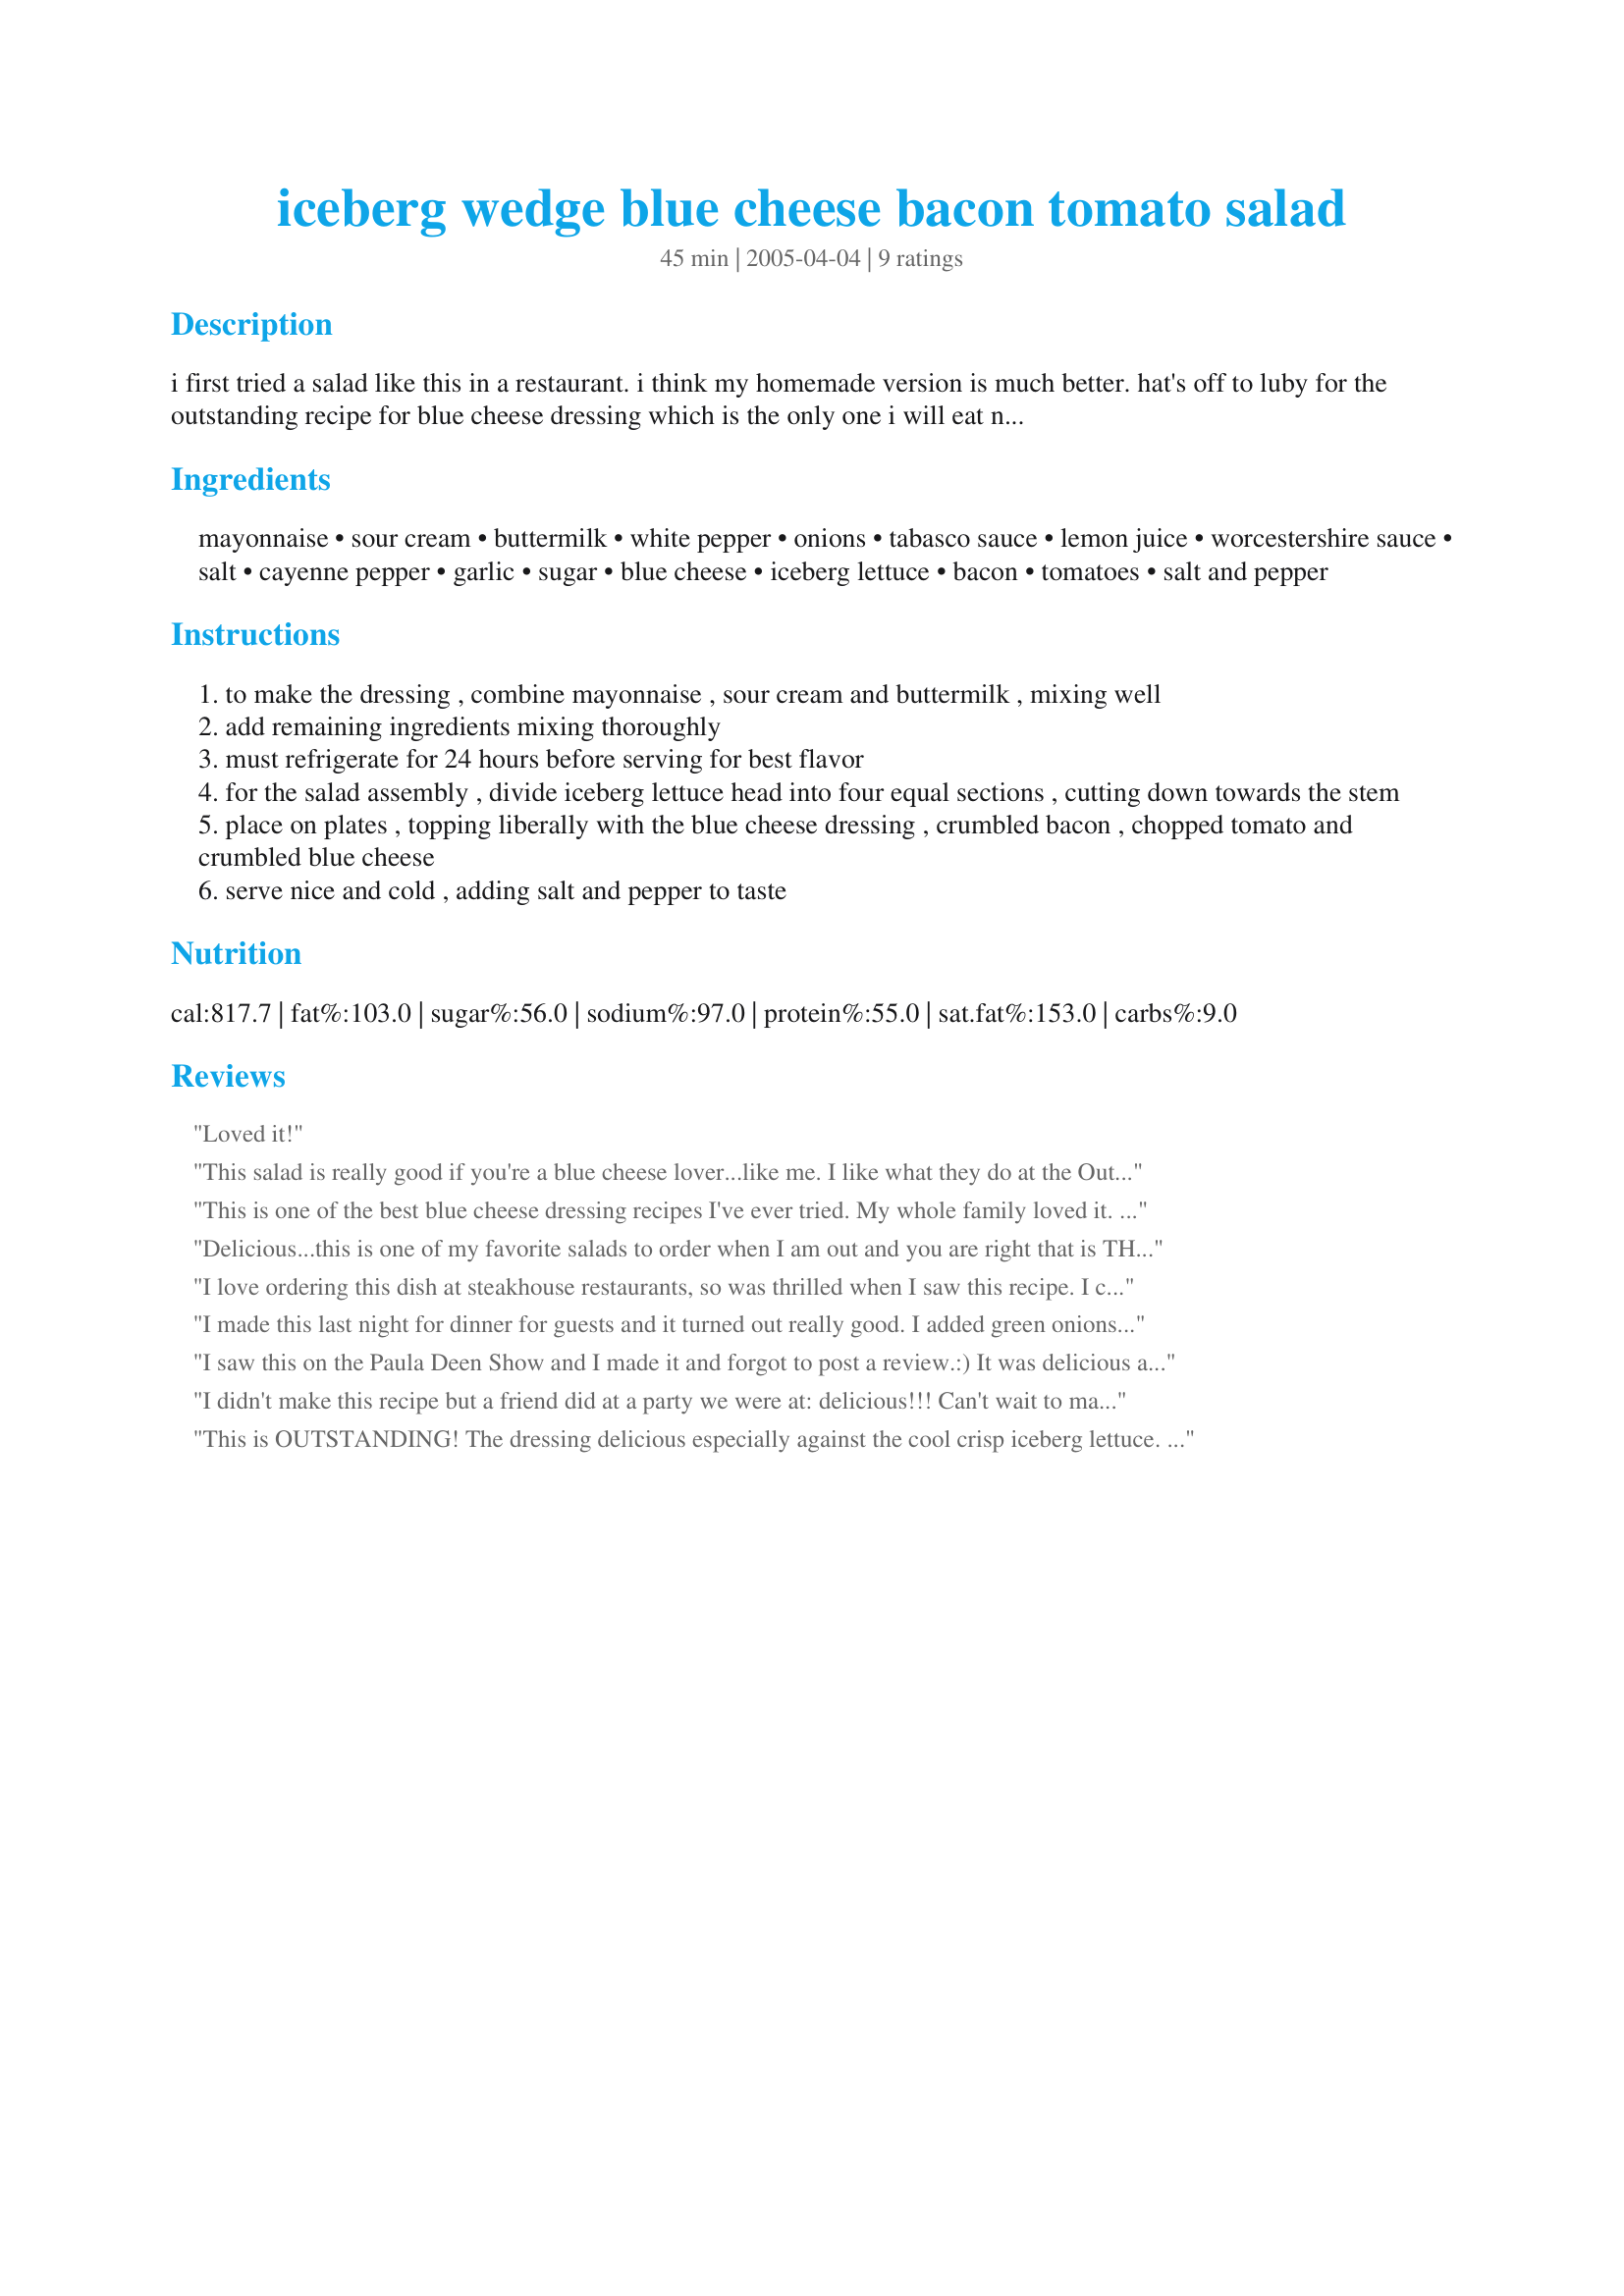
iceberg wedge blue cheese bacon tomato salad
Preparation time: 45 minutes

i first tried a salad like this in a restaurant. i think my homemade version is much better. hat's off to luby for the outstanding recipe for blue cheese dressing which is the only one i will eat now. i copied the recipe verbatim, and included all steps in making the dressing straight from luby's recipe, #55514. this is my favorite salad in the summertime, reminds me of a blt without the bread.

Ingredients:
mayonnaise, sour cream, buttermilk, white pepper, onions, tabasco sauce, lemon juice, worcestershire sauce, salt, cayenne pepper, garlic, sugar, blue cheese, iceberg lettuce, bacon, tomatoes, salt and pepper

Steps:
to make the dressing , combine mayonnaise , sour cream and buttermilk , mixing well
add remaining ingredients mixing thoroughly
must refrigerate for 24 hours before serving for best flavor
for the salad assembly , divide iceberg lettuce head into four equal sections , cutting down towards the stem
place on plates , topping liberally with the blue cheese dressing , crumbled bacon , chopped tomato and crumbled blue cheese
serve nice and cold , adding salt and pepper to taste

Reviews:
Loved it!
This salad is really good if you're a blue cheese lover...like me.
I like what they do at the Outback, they drizzle it with balsamic vinegar which add another dimension to it...delicious. Reduce 1/2 c balsamic vinegar in a small saucepan by half & cool. You'll get a nice syrup for drizzling over your salad. They also add some red onions with the tomato & bacon. yumyumyum!!!
This is one of the best blue cheese dressing recipes I've ever tried. My whole family loved it. I eased up on the onion a bit because my husband hates onions.
Delicious...this is one of my favorite salads to order when I am out and you are right that is THE BEST blue cheese dressing recipe. I made it in my food processor by putting in the garlic and onion first to ensure they minced, then adding all of the liquids, then all of the spices. I put the blue cheese in but next time I will add that after because it got too chopped up and I like it with bigger chunks. Thank you so much for the recipe!
I love ordering this dish at steakhouse restaurants, so was thrilled when I saw this recipe. I can't add onions due to an allergy in the family, but it was great nonetheless. Highly recommended! I recommend chilling glass plates prior to serving - keeps it even colder.
I made this last night for dinner for guests and it turned out really good. I added green onions and sugared pecans for toppings. I also used low-fat mayo and sour cream. I thinned the dressing quite a bit with milk to make it more like dressing consistency vs. dip. I put the dressing ingredients in my Magic Bullet and blended real well and stored overnight before serving. The flavor was just right. Thanks for posting!
I saw this on the Paula Deen Show and I made it and forgot to post a review.:) It was delicious and so reminiscent of when we used Iceberg lettuce for every meal. We made the dressing two days ahead and when we made the salad we served the dressing nice and cold! It was wonderful. Thank you so much for posting and sharing, Diane :)
I didn't make this recipe but a friend did at a party we were at: delicious!!! Can't wait to make it myself next time. It's a keeper!
This is OUTSTANDING! The dressing delicious especially against the cool crisp iceberg lettuce. Add a little grilled chicken and you have a full meal.
